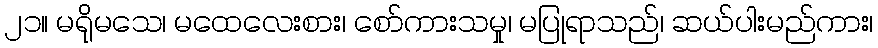
၂၁။ မရိုမသေ၊ မထေလေးစား၊ စော်ကားသမှု၊ မပြုရာသည်၊ ဆယ်ပါးမည်ကား၊